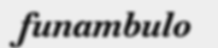
funambulo